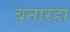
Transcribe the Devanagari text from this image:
बनारहा